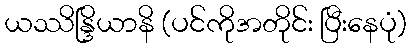
ယဿိန္ဒြိယာနိ (ပင်ကိုအတိုင်း ပြီးနေပုံ)